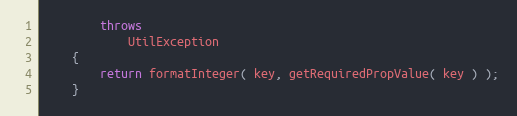
Language: Java
        throws
            UtilException
    {
        return formatInteger( key, getRequiredPropValue( key ) );
    }